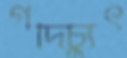
গদিচ্যুৎ